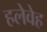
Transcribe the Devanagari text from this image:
हलेवेह